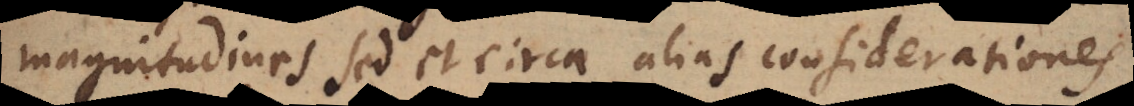
magnitudines sed et circa alias considerationes